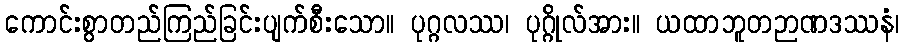
ကောင်းစွာတည်ကြည်ခြင်းပျက်စီးသော။ ပုဂ္ဂလဿ၊ ပုဂ္ဂိုလ်အား။ ယထာဘူတဉာဏဒဿနံ၊